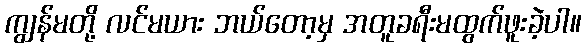
ကျွန်မတို့ လင်မယား ဘယ်တော့မှ အတူခရီးမထွက်ဖူးခဲ့ပါ။